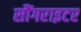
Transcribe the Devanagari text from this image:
सौंगराइटर